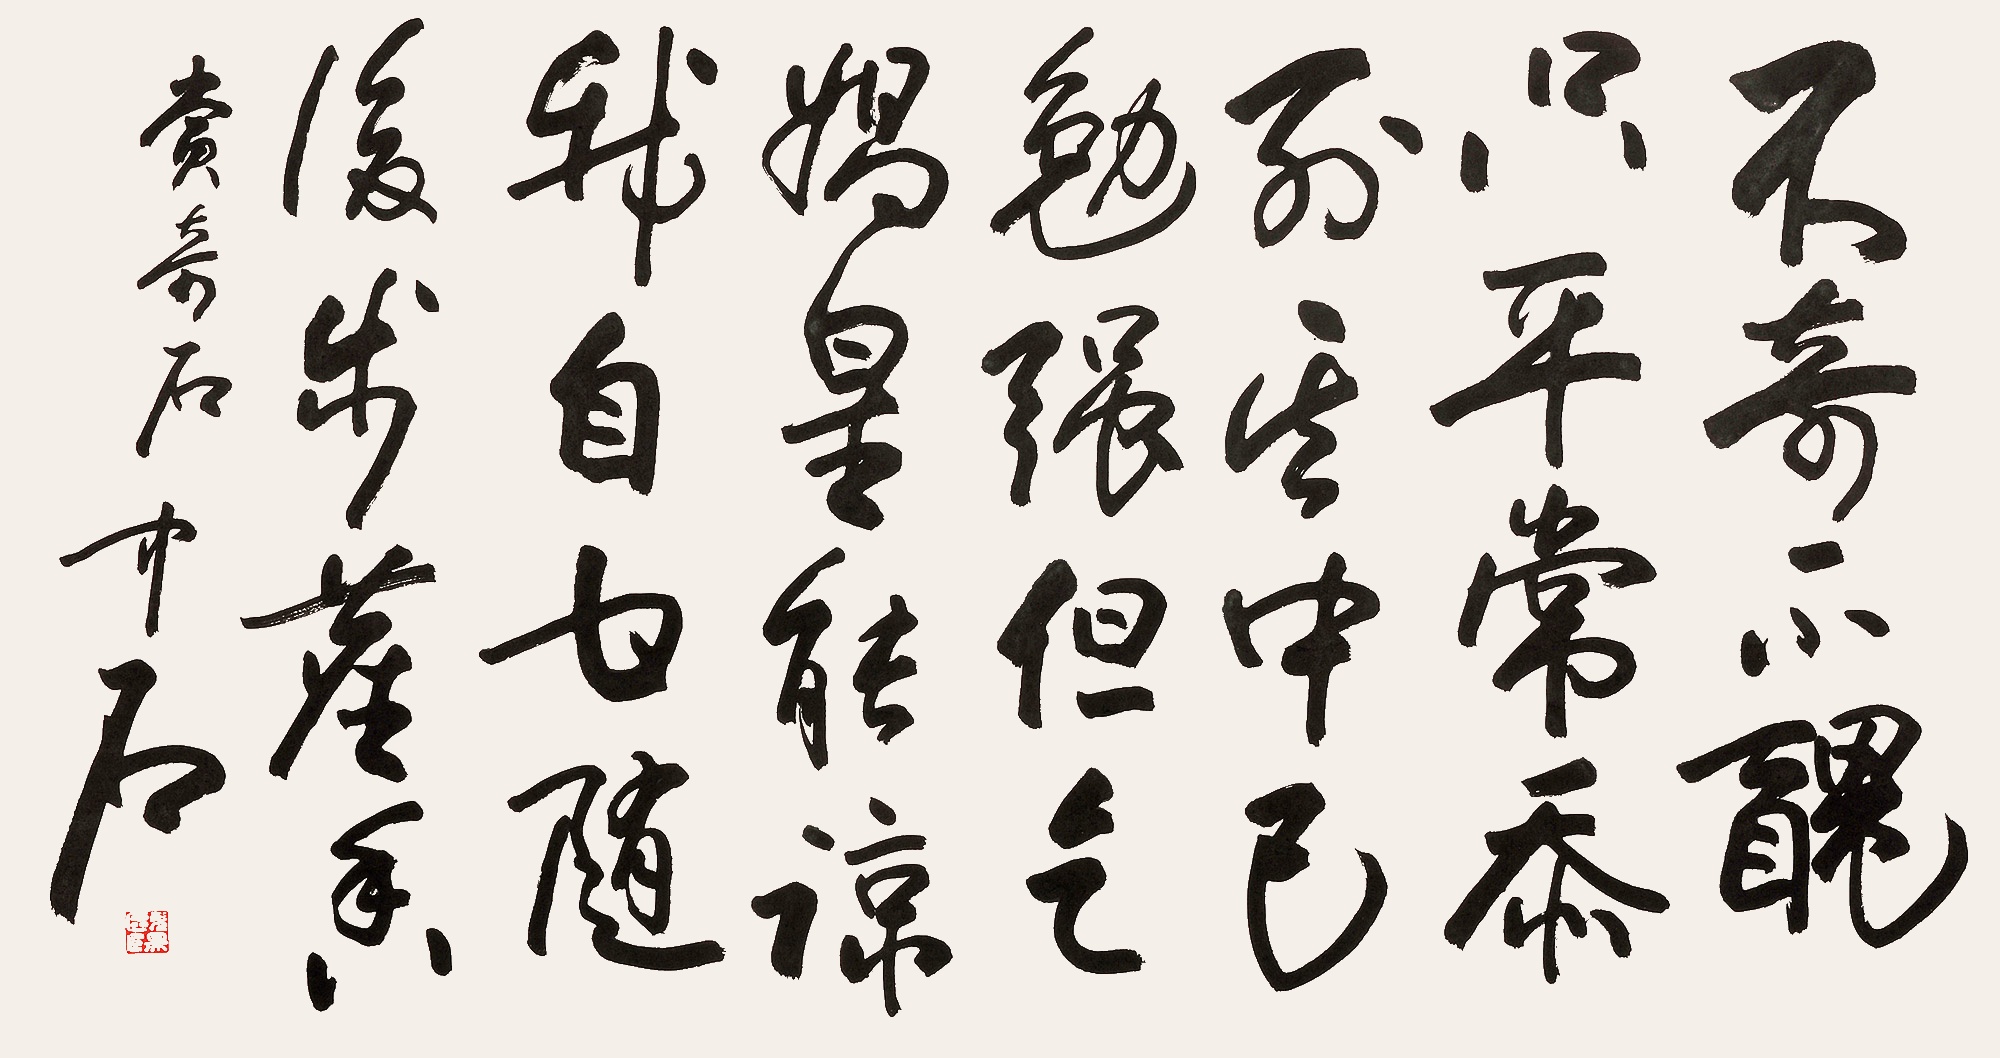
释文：不奇不丑只平常，忝列其中已勉强，但乞娲皇能谅我，自甘随后步尘香。赏奇石。中石。